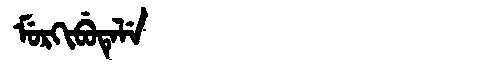
Manchu: ᠮᡠᡵᡴᡳᠪᡠᡨᡝᠯᡝ
Romanization: MURKIBUTELE